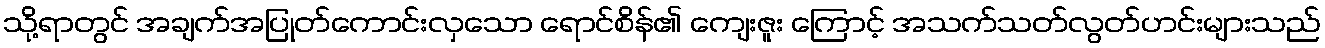
သို့ရာတွင် အချက်အပြုတ်ကောင်းလှသော ရောင်စိန်၏ ကျေးဇူး ကြောင့် အသက်သတ်လွတ်ဟင်းများသည်